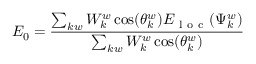
E _ { 0 } = \frac { \sum _ { k w } W _ { k } ^ { w } \cos ( \theta _ { k } ^ { w } ) E _ { \mathrm { ~ l ~ o ~ c ~ } } ( \Psi _ { k } ^ { w } ) } { \sum _ { k w } W _ { k } ^ { w } \cos ( \theta _ { k } ^ { w } ) }